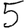
Digit: 5